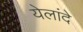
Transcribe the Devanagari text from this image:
येलांदे